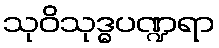
သုဝိသုဒ္ဓပဏ္ဍရာ